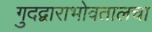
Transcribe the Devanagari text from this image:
गुदद्वाराभोवतालचा